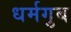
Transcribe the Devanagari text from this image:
धर्मगुब